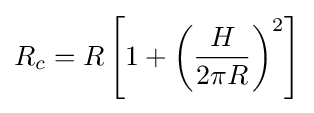
R_{c}=R\left[1+\left({\frac {H}{2\pi R}}\right)^{2}\right]